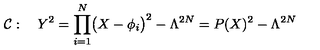
{ \cal C } : \quad Y ^ { 2 } = \prod _ { i = 1 } ^ { N } \bigl ( X - \phi _ { i } \bigr ) ^ { 2 } - \Lambda ^ { 2 N } = P ( X ) ^ { 2 } - \Lambda ^ { 2 N }